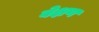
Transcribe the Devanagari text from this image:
बेक्षण